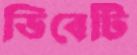
ডিবেটি